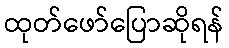
ထုတ်ဖော်ပြောဆိုရန်